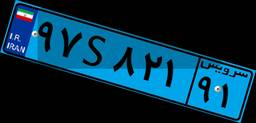
۲۹S۰۶۱۷۹